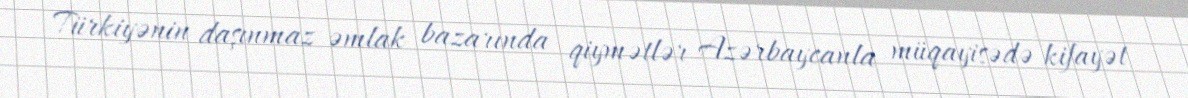
Türkiyənin daşınmaz əmlak bazarında qiymətlər Azərbaycanla müqayisədə kifayət